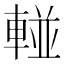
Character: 𲄹